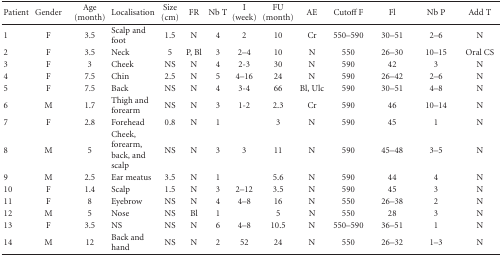
<table><thead><tr><td><b>Patient</b></td><td><b>Gender</b></td><td><b>Age (month)</b></td><td><b>Localisation</b></td><td><b>Size (cm)</b></td><td><b>FR</b></td><td><b>Nb T</b></td><td><b>I (week)</b></td><td><b>FU (month)</b></td><td><b>AE</b></td><td><b>Cutoff F</b></td><td><b> Fl</b></td><td><b>Nb P</b></td><td><b>Add T</b></td></tr></thead><tbody><tr><td>1</td><td>F</td><td>3.5</td><td>Scalp and foot</td><td>1.5</td><td>N</td><td>4</td><td>2</td><td>10</td><td>Cr</td><td>550–590</td><td>30–51</td><td>2–6</td><td>N</td></tr><tr><td>2</td><td>F</td><td>3.5</td><td>Neck</td><td>5</td><td>P, Bl</td><td>3</td><td>2–4</td><td>10</td><td>N</td><td>550</td><td>26–30</td><td>10–15</td><td>Oral CS</td></tr><tr><td>3</td><td>F</td><td>3</td><td>Cheek</td><td>NS</td><td>N</td><td>4</td><td>2-3</td><td>30</td><td>N</td><td>590</td><td>42</td><td>3</td><td>N</td></tr><tr><td>4</td><td>F</td><td>7.5</td><td>Chin</td><td>2.5</td><td>N</td><td>5</td><td>4–16</td><td>24</td><td>N</td><td>590</td><td>26–42</td><td>2–6</td><td>N</td></tr><tr><td>5</td><td>F</td><td>7.5</td><td>Back</td><td>NS</td><td>N</td><td>4</td><td>3-4</td><td>66</td><td>Bl, Ulc</td><td>590</td><td>30–51</td><td>4–8</td><td>N</td></tr><tr><td>6</td><td>M</td><td>1.7</td><td>Thigh and forearm</td><td>NS</td><td>N</td><td>3</td><td>1-2</td><td>2.3</td><td>Cr</td><td>590</td><td>46</td><td>10–14</td><td>N</td></tr><tr><td>7</td><td>F</td><td>2.8</td><td>Forehead</td><td>0.8</td><td>N</td><td>1</td><td></td><td>3</td><td>N</td><td>590</td><td>45</td><td>1</td><td>N</td></tr><tr><td>8</td><td>M</td><td>5</td><td>Cheek, forearm,back, and scalp</td><td>NS</td><td>N</td><td>3</td><td>3</td><td>11</td><td>N</td><td>590</td><td>45–48</td><td>3–5</td><td>N</td></tr><tr><td>9</td><td>M</td><td>2.5</td><td>Ear meatus</td><td>3.5</td><td>N</td><td>1</td><td></td><td>5.6</td><td>N</td><td>590</td><td>44</td><td>4</td><td>N</td></tr><tr><td>10</td><td>F</td><td>1.4</td><td>Scalp</td><td>1.5</td><td>N</td><td>3</td><td>2–12</td><td>3.5</td><td>N</td><td>590</td><td>45</td><td>3</td><td>N</td></tr><tr><td>11</td><td>F</td><td>8</td><td>Eyebrow</td><td>NS</td><td>N</td><td>4</td><td>4–8</td><td>16</td><td>N</td><td>550</td><td>26–38</td><td>2</td><td>N</td></tr><tr><td>12</td><td>M</td><td>5</td><td>Nose</td><td>NS</td><td>Bl</td><td>1</td><td></td><td>5</td><td>N</td><td>550</td><td>28</td><td>3</td><td>N</td></tr><tr><td>13</td><td>F</td><td>3.5</td><td>NS</td><td>NS</td><td>N</td><td>6</td><td>4–8</td><td>10.5</td><td>N</td><td>550–590</td><td>36–51</td><td>1</td><td>N</td></tr><tr><td>14</td><td>M</td><td>12</td><td>Back and hand</td><td>NS</td><td>N</td><td>2</td><td>52</td><td>24</td><td>N</td><td>550</td><td>26–32</td><td>1–3</td><td>N</td></tr></tbody></table>